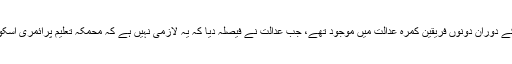
غیر ملکی خبر رساں ادارے کا کہنا تھا کہ مقدمے کی سماعت کے دوران دونوں فریقین کمرہ عدالت میں موجود تھے، جب عدالت نے فیصلہ دیا کہ یہ لازمی نہیں ہے کہ محمکہ تعلیم پرائمری اسکول میں تعینات کرکے چھوٹے بچوں کو پڑھانے کی اجازت دے۔